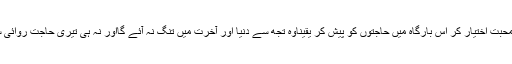
تو اللہ تعالیٰ کی محبت اختیار کر اس بارگاہ میں حاجتوں کو پیش کر یقیناًوہ تجھ سے دنیا اور آخرت میں تنگ نہ آئے گااور نہ ہی تیری حاجت روائی سے گھبرائے گا۔